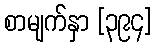
စာမျက်နှာ [၃၉၄]